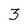
Character: 3